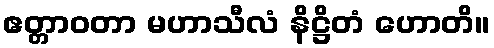
ဧတ္တာဝတာ မဟာသီလံ နိဋ္ဌိတံ ဟောတိ။